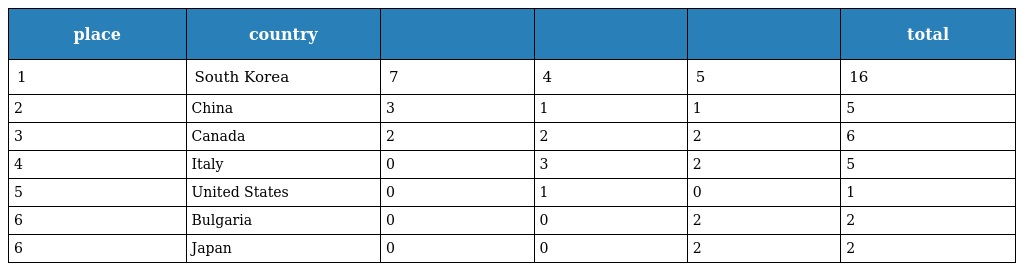
| place | country |  |  |  | total |
 | --- | --- | --- | --- | --- | --- |
 | 1 | South Korea | 7 | 4 | 5 | 16 |
 | 2 | China | 3 | 1 | 1 | 5 |
 | 3 | Canada | 2 | 2 | 2 | 6 |
 | 4 | Italy | 0 | 3 | 2 | 5 |
 | 5 | United States | 0 | 1 | 0 | 1 |
 | 6 | Bulgaria | 0 | 0 | 2 | 2 |
 | 6 | Japan | 0 | 0 | 2 | 2 |